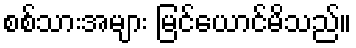
စစ်သားအများ မြင်ယောင်မိသည်။